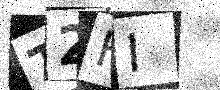
Text: T2HI